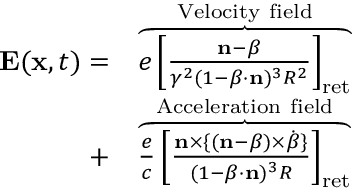
\begin{array} { r l } { \mathbf { E } ( \mathbf { x } , t ) = } & { \overbrace { e \left[ \frac { \mathbf { n } - \boldsymbol { \beta } } { \gamma ^ { 2 } ( 1 - \boldsymbol { \beta } \cdot \mathbf { n } ) ^ { 3 } R ^ { 2 } } \right] _ { \mathrm { r e t } } } ^ { \mathrm { V e l o c i t y ~ f i e l d } } } \\ { + } & { \overbrace { \frac { e } { c } \left[ \frac { \mathbf { n } \times \{ ( \mathbf { n } - \boldsymbol { \beta } ) \times \dot { \boldsymbol { \beta } } \} } { ( 1 - \boldsymbol { \beta } \cdot \mathbf { n } ) ^ { 3 } R } \right] _ { \mathrm { r e t } } } ^ { \mathrm { A c c e l e r a t i o n ~ f i e l d } } } \end{array}